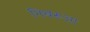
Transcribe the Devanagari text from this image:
निबरूआ